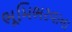
ભૂમિભરવાના